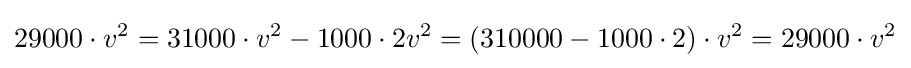
29000\cdot v^{2}=31000\cdot v^{2}-1000\cdot 2v^{2}=(310000-1000\cdot 2)\cdot v^{2}=29000\cdot v^{2}